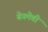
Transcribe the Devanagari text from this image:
बेगमेची